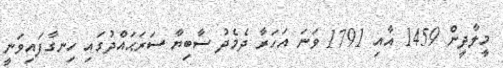
މީލާދީން 1459 އާއި 1791 ވަނަ އަހަރާ ދެމެދު ސާބިޔާ ސަރަޙައްދުގައި ހިނގާފައިވަނީ